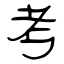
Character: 考